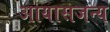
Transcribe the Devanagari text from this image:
आयासजन्य